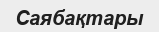
Саябақтары